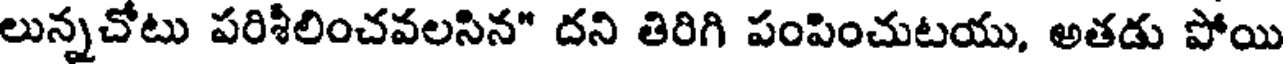
లున్నచోటు పరిశీలించవలసిన" దని తిరిగి పంపించుటయు, అతడు పోయి